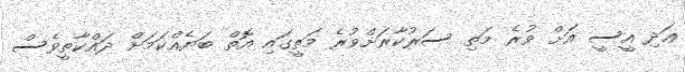
ޢަދި އީސީ އަށް ވުރެ މަތި ސަރުކާރަށްވުރެ މަތީގައި އޮތް ބަޔެއްކަމަށް ދައްކާތީވެސް